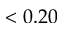
< 0 . 2 0